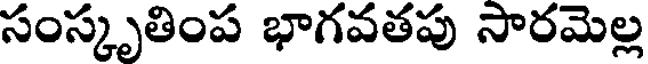
సంస్కృతింప భాగవతపు సారమెల్ల